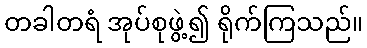
တခါတရံ အုပ်စုဖွဲ့၍ ရိုက်ကြသည်။